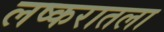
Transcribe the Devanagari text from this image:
लष्करातला